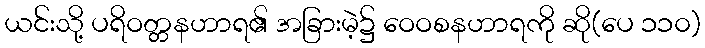
ယင်းသို့ ပရိဝတ္တနဟာရ၏ အခြားမဲ့၌ ဝေဝစနဟာရကို ဆို(ပေ ၁၁၀)